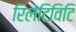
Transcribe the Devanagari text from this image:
रिलेटिविटि